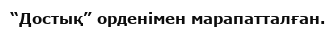
“Достық” орденімен марапатталған.